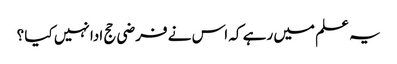
یہ علم میں رہے کہ اس نے فرضی حج ادا نہیں کیا ؟